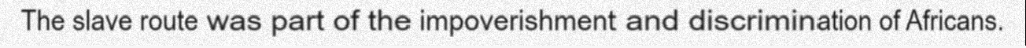
The slave route was part of the impoverishment and discrimination of Africans.